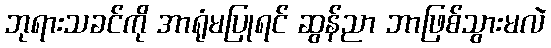
ဘုရားသခင်ကို အာရုံမပြုရင် ဆွန်ညာ ဘာဖြစ်သွားမလဲ